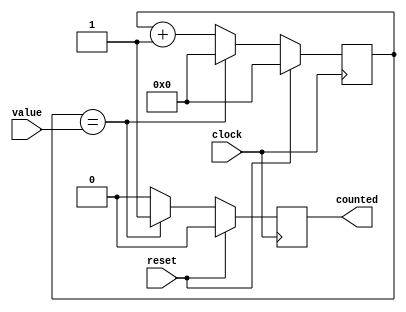
module counter(clock, reset, value, counted);

	input clock, reset;
	input [31:0] value;
	output reg counted;
	
	reg [31:0] internal_counter;

	always @(posedge clock) begin
		if (reset) begin
			internal_counter = 32'b0;
			counted = 1'b0;
			end
		else
			if (internal_counter == value) begin
				internal_counter = 32'b0;
				counted = 1'b1; //1'b0;
				end
			else begin
				internal_counter = internal_counter + 1;
				counted = 1'b0;
			end
	end

endmodule